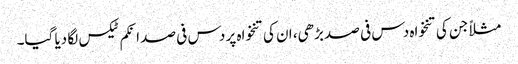
مثلاً جن کی تنخواہ دس فی صد بڑھی، ان کی تنخواہ پر دس فی صد انکم ٹیکس لگا دیا گیا۔